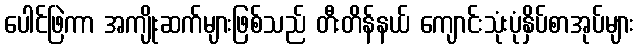
ပေါင်ဖြဲကာ အကျိုးဆက်များဖြစ်သည် တီးတိန်နယ် ကျောင်းသုံးပုံနှိပ်စာအုပ်များ